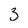
Character: 3